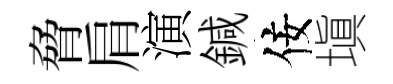
脅肩演鍼佞塡